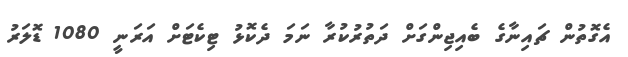
އެގޮތުން ޗައިނާގެ ބެއިޖިންގަށް ދަތުރުކުރާ ނަމަ ދެކޮޅު ޓިކެޓަށް އަރަނީ 1080 ޑޮލަރު